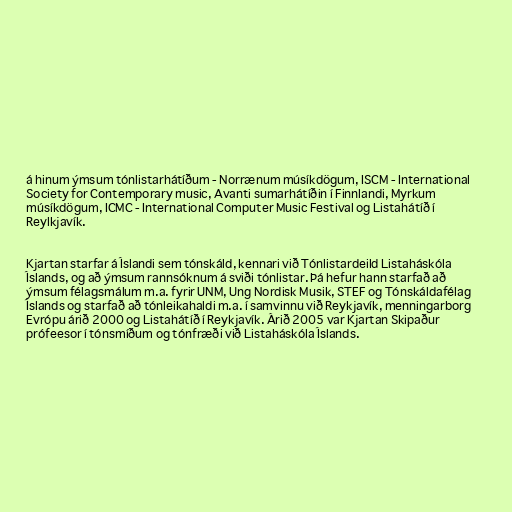
á hinum ýmsum tónlistarhátíðum - Norrænum músíkdögum, ISCM - International
Society for Contemporary music, Avanti sumarhátíðin í Finnlandi, Myrkum
músíkdögum, ICMC - International Computer Music Festival og Listahátíð í
Reylkjavík.

Kjartan starfar á Íslandi sem tónskáld, kennari við Tónlistardeild Listaháskóla
Íslands, og að ýmsum rannsóknum á sviði tónlistar. Þá hefur hann starfað að
ýmsum félagsmálum m.a. fyrir UNM, Ung Nordisk Musik, STEF og Tónskáldafélag
Íslands og starfað að tónleikahaldi m.a. í samvinnu við Reykjavík, menningarborg
Evrópu árið 2000 og Listahátíð í Reykjavík. Árið 2005 var Kjartan Skipaður
prófeesor í tónsmíðum og tónfræði við Listaháskóla Íslands.